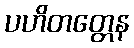
ပဟိတတ္တေန